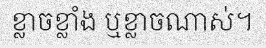
ខ្លាចខ្លាំង ឬខ្លាចណាស់។